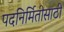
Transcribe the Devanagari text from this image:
पदनिर्मितीसाठी